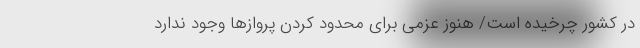
در کشور چرخیده است/ هنوز عزمی برای محدود کردن پروازها وجود ندارد